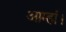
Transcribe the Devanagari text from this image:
आम्हां।